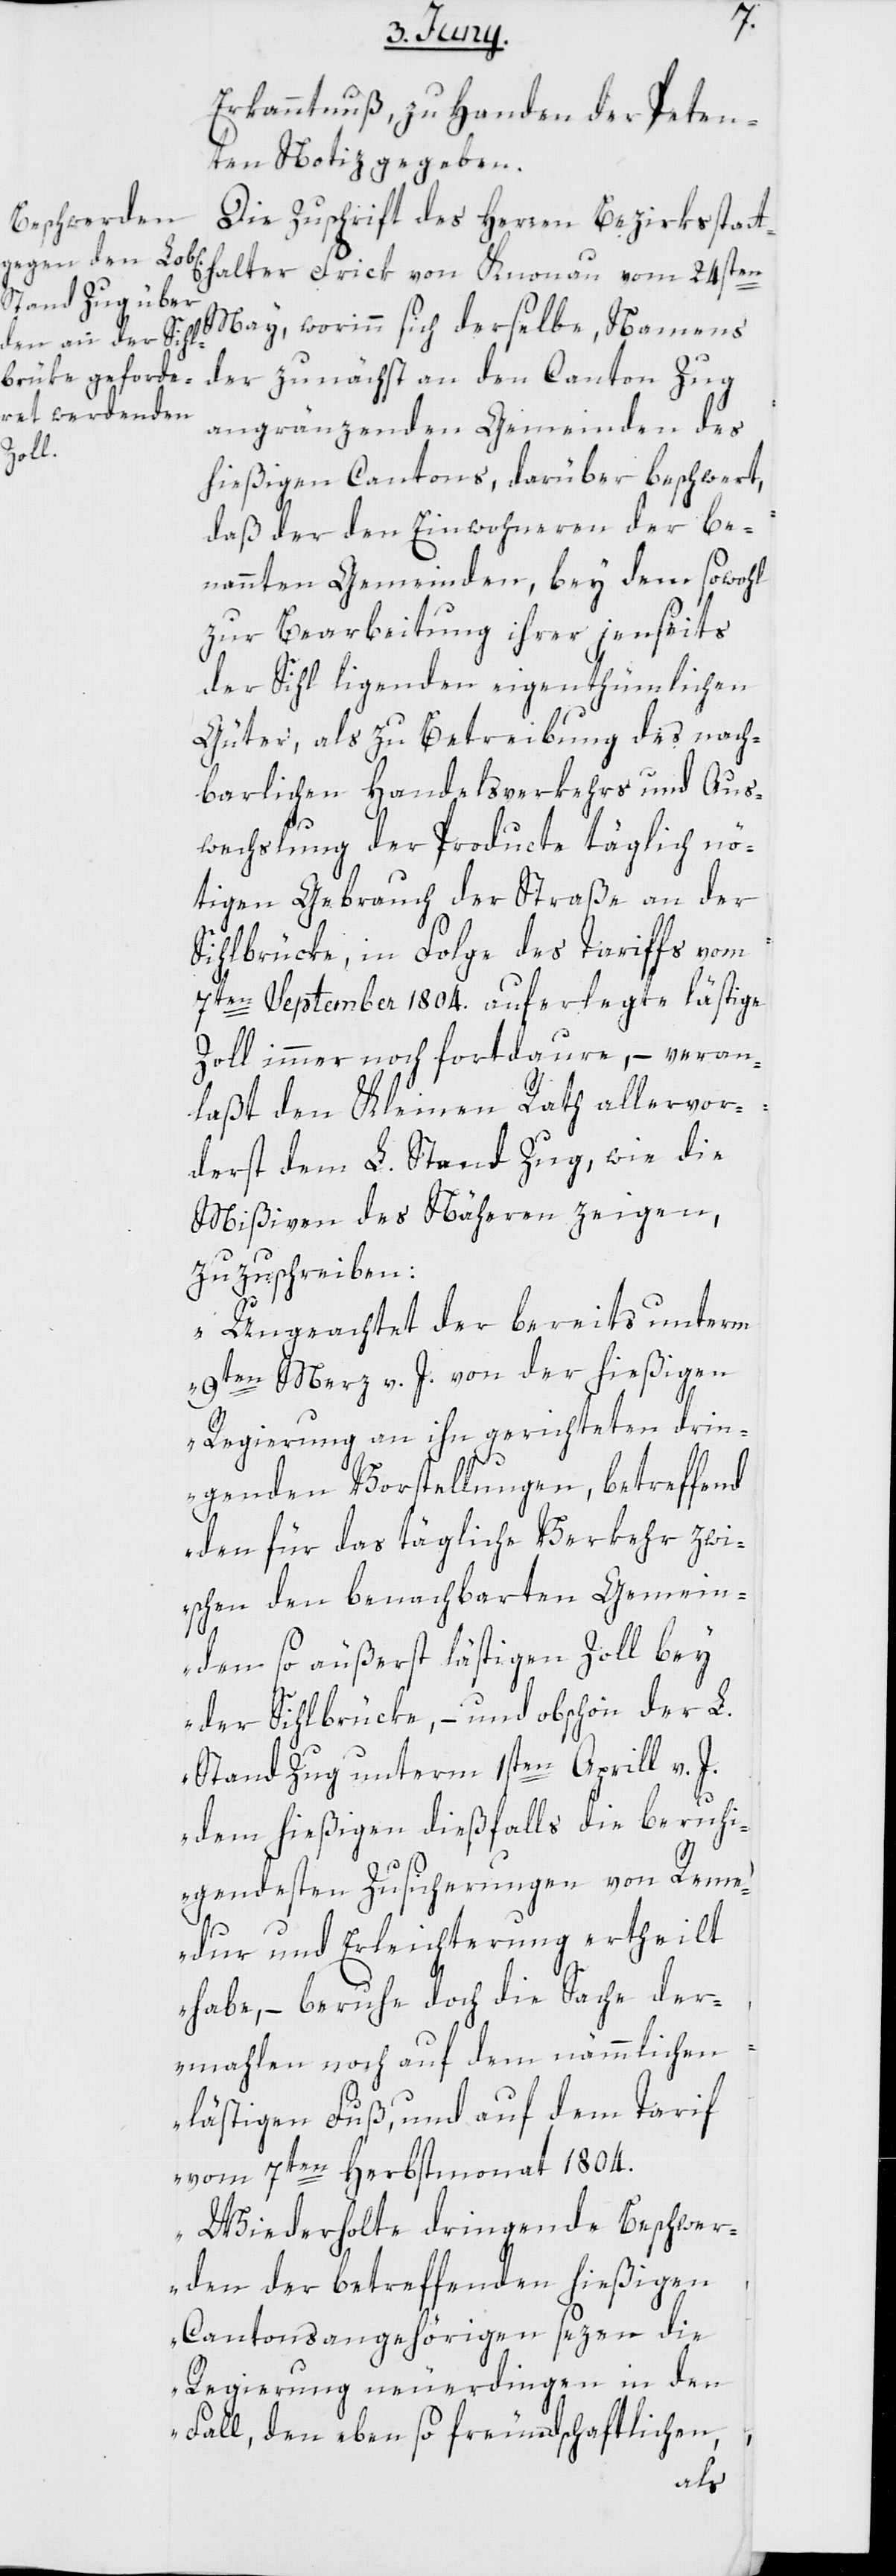
Erkanntnuß zu Handen der Peten¬
ten Notiz gegeben.
Die Zuschrift des Herren Bezirksstatt¬
halter Frick von Knonau vom 24sten
May, worinn sich derselbe, Namens
der zunächst an den Canton Zug
angränzenden Gemeinden des
hießigen Cantons, darüber beschwert,
daß der den Einwohneren der be¬
nannten Gemeinden, bey dem sowohl
zur Bearbeitung ihrer jenseits
der Sihl ligenden eigenthümlichen
Güter, als zu Betreibung des nach¬
barlichen Handelsverkehrs und Aus¬
wechslung der Producte täglich nö¬
thigen Gebrauch der Straße an der
Sihlbrücke, in Folge des Tariffs vom
7ten September 1804. auferlegte lästige
Zoll immer noch fortdaure, – veran¬
laßt den Kleinen Rath allervor¬
derst dem L. Stand Zug, wie die
Mißiven des Näheren zeigen,
zuzuschreiben:
„Ungeachtet der bereits unterm
9ten Merz v. J. von der hießigen
Regierung an ihn gerichteten drin¬
genden Vorstellungen, betreffend
den für das tägliche Verkehr zwi¬
schen den benachbarten Gemein¬
den so äußerst lästigen Zoll bey
der Sihlbrücke, – und obschon der L.
Stand Zug unterm 1sten Aprill v. J.
dem hießigen dießfalls die beruhi¬
gendsten Zusicherungen von Reme¬
dur und Erleichterung ertheilt
habe, – beruhe doch die Sache der¬
mahlen noch auf dem nämmlichen
lästigen Fuß, und auf dem Tarif
vom 7ten Herbstmonat 1804.
Wiederholte dringende Beschwer¬
den der betreffenden hießigen
Cantonsangehörigen sezen die
Regierung neuerdingen in den
Fall, den eben so freundschaftlichen,